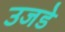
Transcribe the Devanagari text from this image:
उजडे